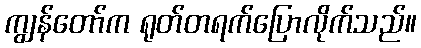
ကျွန်တော်က ရုတ်တရက်ပြောလိုက်သည်။